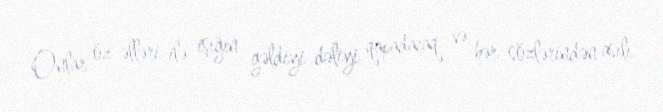
Onlar öz əlləri ilə işığın gəldiyi dəliyi qapadacaq və hər sözlərindən asılı